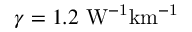
\gamma = 1 . 2 ~ \mathrm { W ^ { - 1 } k m ^ { - 1 } }